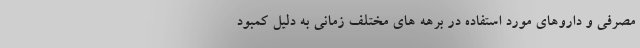
مصرفی و داروهای مورد استفاده در برهه های مختلف زمانی به دلیل کمبود